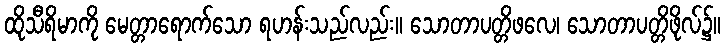
ထိုသီရိမာကို မေတ္တာရောက်သော ရဟန်းသည်လည်း။ သောတာပတ္တိဖလေ၊ သောတာပတ္တိဖိုလ်၌။